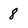
Character: 8